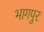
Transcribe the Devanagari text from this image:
भागपुर